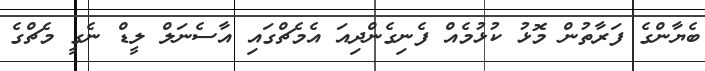
ބެޔާންގެ ފަރާތުން މޮޅު ކުޅުމެއް ފެނިގެންދިއަ އެމެޗްގައި އާސެނަލް ލީޑް ނެގީ މެޗްގެ